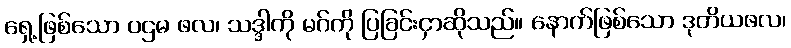
ရှေ့ဖြစ်သော ပဌမ ဖလ၊ သဒ္ဒါကို မဂ်ကို ပြခြင်းငှာဆိုသည်။ နောက်ဖြစ်သော ဒုတိယဖလ၊